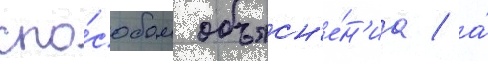
спо́собом объясн'е́н'иа / а́